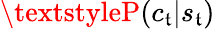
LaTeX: \textstyleP(c_{\mathfrak{t}}|s_{\mathfrak{t}})